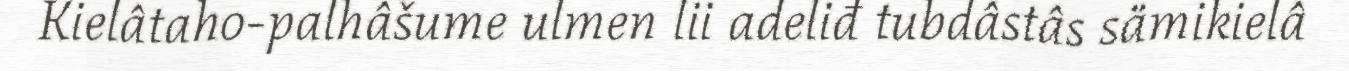
Kielâtaho-palhâšume ulmen lii adeliđ tubdâstâs sämikielâ